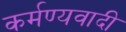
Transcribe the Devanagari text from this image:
कर्मण्यवादी